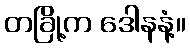
တခြို့က ဒေါနနံ့။